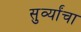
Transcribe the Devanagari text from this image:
सुर्व्यांचा